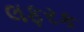
લફરક